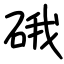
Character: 硪